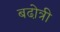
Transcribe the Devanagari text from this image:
बढो़त्री